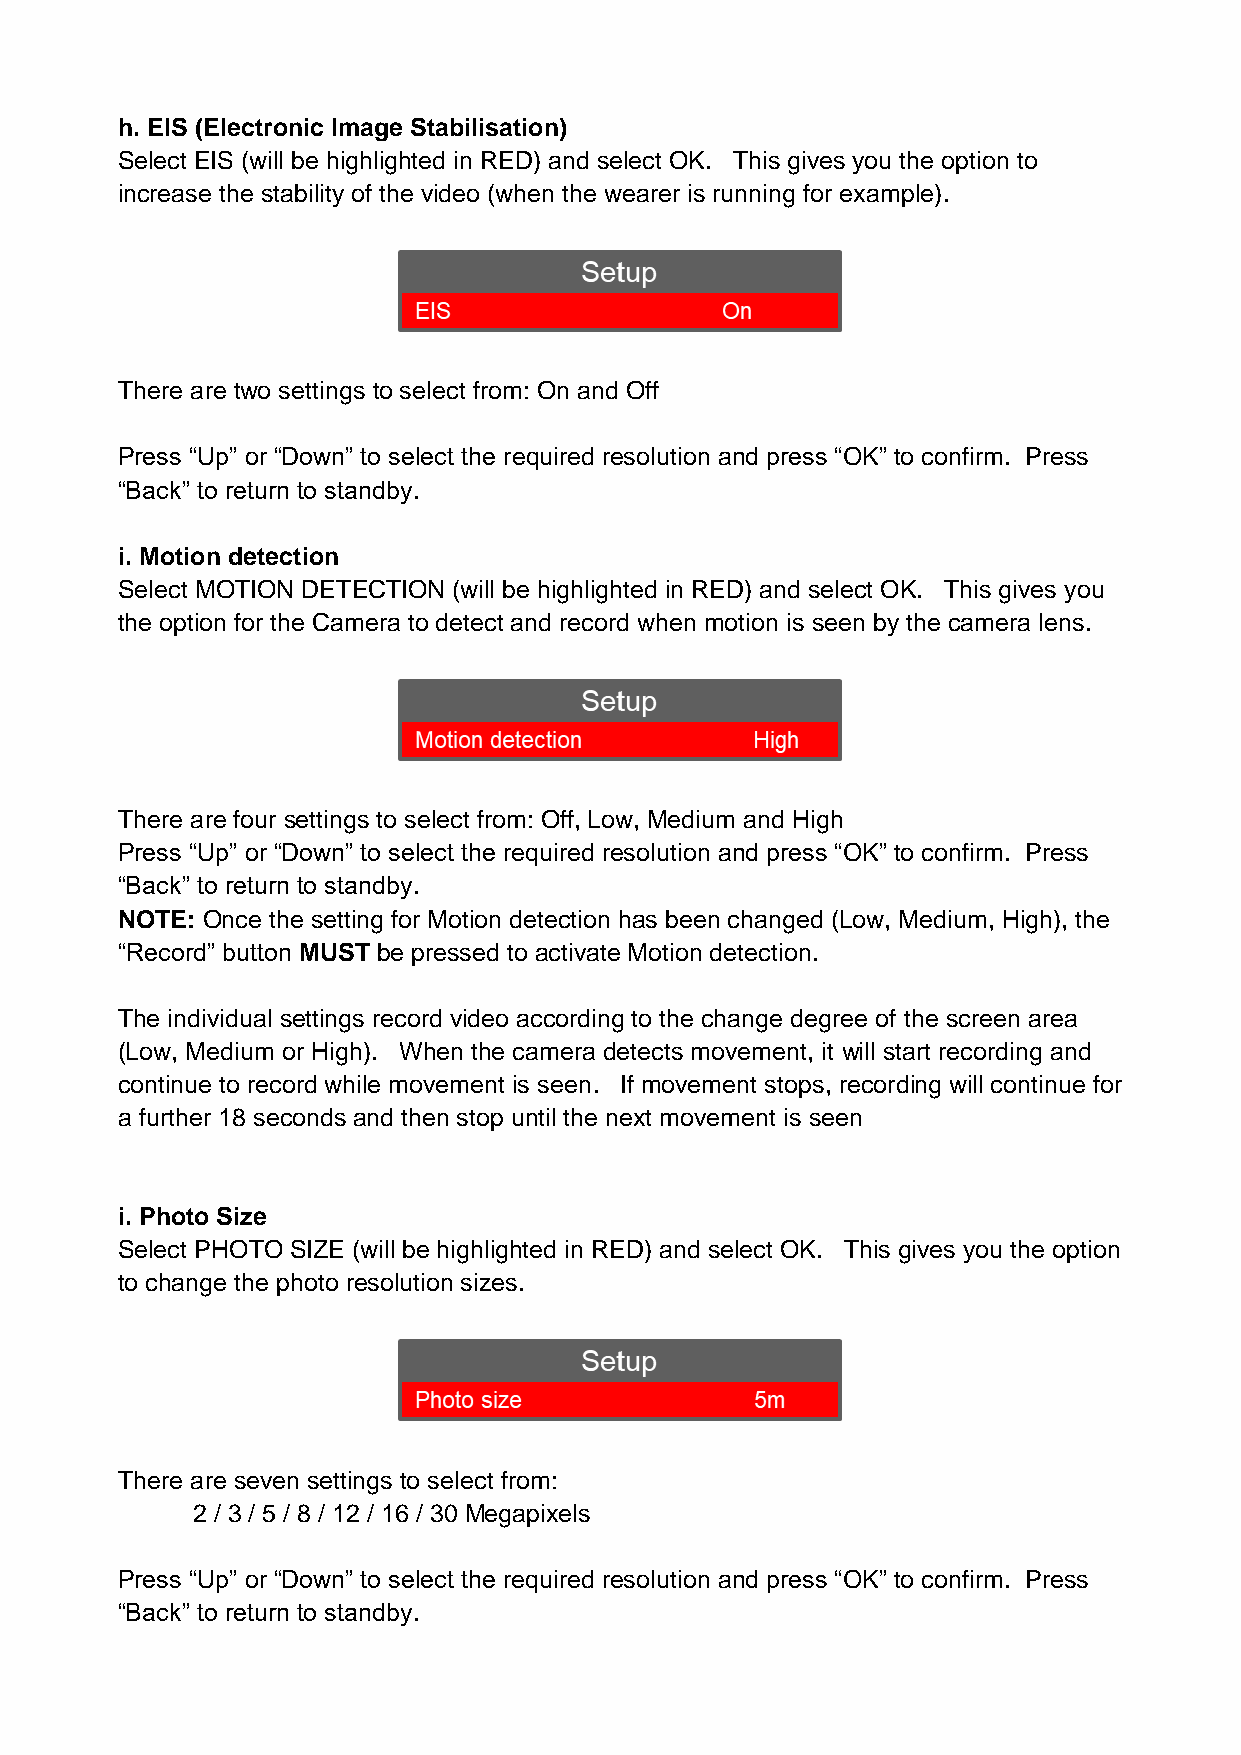
h. EIS (Electronic Image Stabilisation)
 Select EIS (will be highlighted in RED) and select OK. This gives you the option to
 increase the stability of the video (when the wearer is running for example).
 There are two settings to select from: On and Off
 Press “Up” or “Down” to select the required resolution and press “OK” to confirm. Press
 “Back” to return to standby.
 i. Motion detection
 Select MOTION DETECTION (will be highlighted in RED) and select OK. This gives you
 the option for the Camera to detect and record when motion is seen by the camera lens.
 There are four settings to select from: Off, Low, Medium and High
 Press “Up” or “Down” to select the required resolution and press “OK” to confirm. Press
 “Back” to return to standby.
 NOTE: Once the setting for Motion detection has been changed (Low, Medium, High), the
 “Record” button MUST be pressed to activate Motion detection.
 The individual settings record video according to the change degree of the screen area
 (Low, Medium or High). When the camera detects movement, it will start recording and
 continue to record while movement is seen. If movement stops, recording will continue for
 a further 18 seconds and then stop until the next movement is seen
 i. Photo Size
 Select PHOTO SIZE (will be highlighted in RED) and select OK. This gives you the option
 to change the photo resolution sizes.
 There are seven settings to select from:
 2 / 3 / 5 / 8 / 12 / 16 / 30 Megapixels
 Press “Up” or “Down” to select the required resolution and press “OK” to confirm. Press
 “Back” to return to standby.